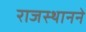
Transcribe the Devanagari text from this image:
राजस्थानने